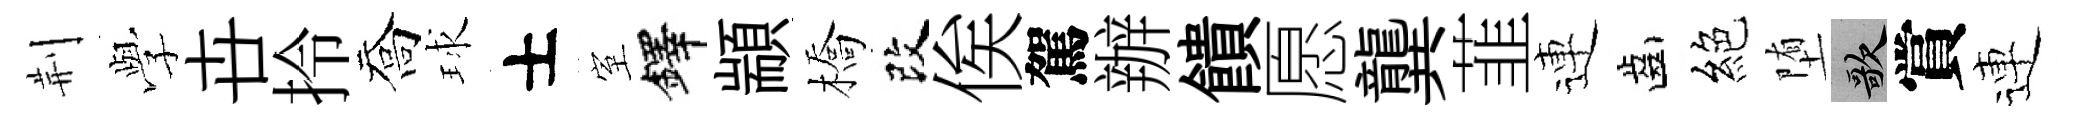
荆𫝯卋拎喬球士室鐸顓橋改俟駕辦饋愿龔韮連齒絕堕歌賞連